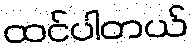
ထင်ပါတယ်